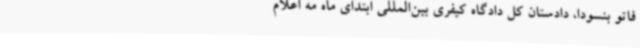
فاتو بنسودا، دادستان کل دادگاه کیفری بین‌المللی ابتدای ماه مه اعلام